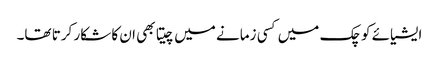
ایشیائے کوچک میں کسی زمانے میں چیتا بھی ان کا شکار کرتا تھا۔